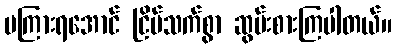
မကြားရအောင် ငြိမ်သက်စွာ ဆွမ်းစားကြပါတယ်။